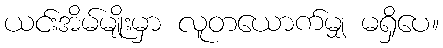
ယင်းအိမ်မျိုးမှာ လူတယောက်မျှ မရှိပေ။